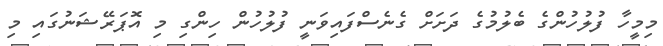
މިމީހާ ފުލުހުންގެ ބެލުމުގެ ދަށަށް ގެނެސްފައިވަނީ ފުލުހުން ހިންގި މި އޮޕަރޭޝަނުގައި މި